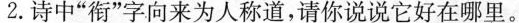
2.诗中”衔”字向来为人称道，请你说说它好在哪里。